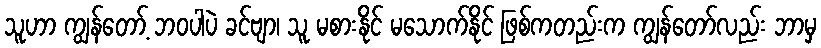
သူဟာ ကျွန်တော့် ဘဝပါပဲ ခင်ဗျာ၊ သူ မစားနိုင် မသောက်နိုင် ဖြစ်ကတည်းက ကျွန်တော်လည်း ဘာမှ